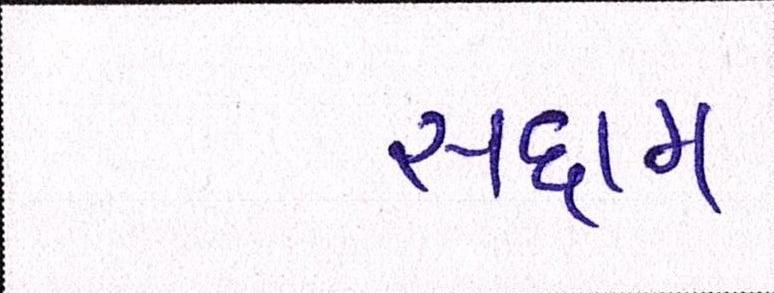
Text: સદ્દામ